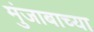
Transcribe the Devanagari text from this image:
मुंजाबाच्या